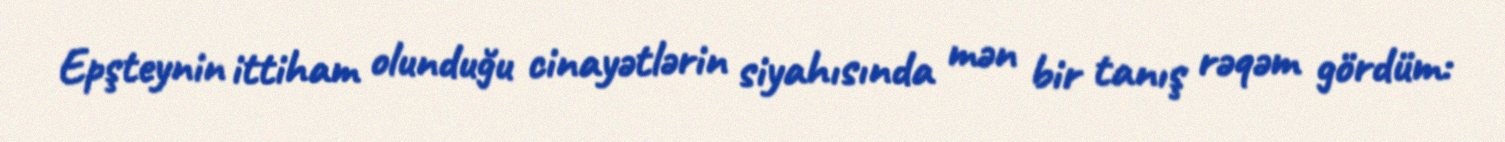
Epşteynin ittiham olunduğu cinayətlərin siyahısında mən bir tanış rəqəm gördüm: